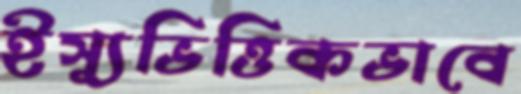
ইস্যুভিত্তিকভাবে